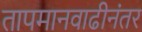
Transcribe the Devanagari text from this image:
तापमानवाढीनंतर